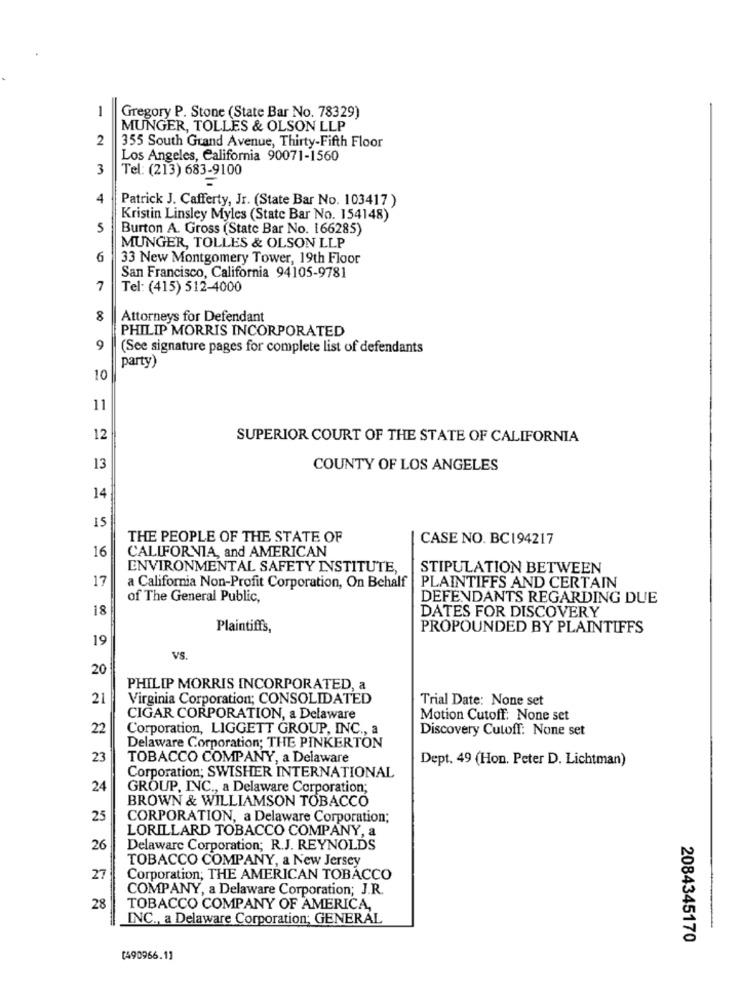
1
Gregory P. Stone (State Bar No. 78329)
MUNGER, TOLLES & OLSON LLP
2
355 South Grand Avenue, Thirty-Fifth Floor
Los Angeles, California 90071-1560
3
Tel: (213) 683-9100
4
Patrick J. Cafferty, Jr. (State Bar No. 103417 )
Kristin Linsley Myles (State Bar No. 154148)
5
Burton A. Gross (State Bar No. 166285)
MUNGER, TOLLES & OLSON LLP
6
33 New Montgomery Tower, 19th Floor
San Francisco, California 94105-9781
7
Tel: (415) 512-4000
8
Attorneys for Defendant
PHILIP MORRIS INCORPORATED
9
(See signature pages for complete list of defendants
party)
10
11
12
SUPERIOR COURT OF THE STATE OF CALIFORNIA
13
COUNTY OF LOS ANGELES
14
15
THE PEOPLE OF THE STATE OF
CASE NO. BC194217
CALIFORNIA, and AMERICAN
16
ENVIRONMENTAL SAFETY INSTITUTE,
STIPULATION BETWEEN
17
a California Non-Profit Corporation, On Behalf
PLAINTIFFS AND CERTAIN
of The General Public,
DEFENDANTS REGARDING DUE
18
DATES FOR DISCOVERY
Plaintiffs,
PROPOUNDED BY PLAINTIFFS
19
VS.
20
PHILIP MORRIS INCORPORATED, a
21
Virginia Corporation; CONSOLIDATED
Trial Date: None set
CIGAR CORPORATION, a Delaware
Motion Cutoff: None set
22
Corporation, LIGGETT GROUP, INC ., a
Discovery Cutoff: None set
Delaware Corporation; THE PINKERTON
23
TOBACCO COMPANY, a Delaware
Dept. 49 (Hon. Peter D. Lichtman)
Corporation; SWISHER INTERNATIONAL
24
GROUP, INC ., a Delaware Corporation;
BROWN & WILLIAMSON TOBACCO
25
CORPORATION, a Delaware Corporation;
LORILLARD TOBACCO COMPANY, a
26
Delaware Corporation; R.J. REYNOLDS
TOBACCO COMPANY, a New Jersey
27
Corporation; THE AMERICAN TOBACCO
COMPANY, a Delaware Corporation; J.R.
28
TOBACCO COMPANY OF AMERICA,
INC ., a Delaware Corporation; GENERAL
2084345170
[490966.1]